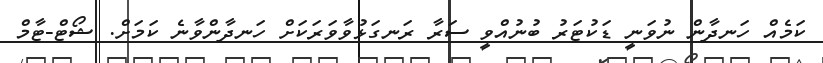
ކަމެއް ހަނދާން ނުވަނީ ޑަކުޓަރު ބުނުއްވީ ސަރާ ރަނގަޅުވާވަރަކަށް ހަނދާންވާނެ ކަމަށް. ޝޯޓް-ޓާމް